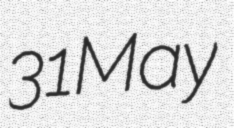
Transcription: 31 May